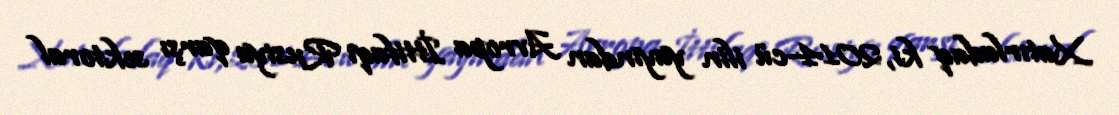
Xatırladaq ki, 2014-cü ilin yayından Avropa İttifaqı Rusiya qarşı sektoral